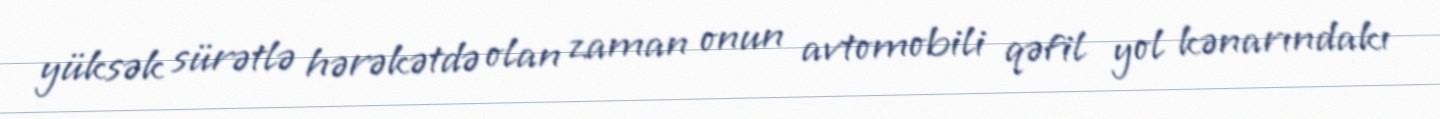
yüksək sürətlə hərəkətdə olan zaman onun avtomobili qəfil yol kənarındakı